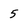
Character: 5